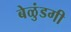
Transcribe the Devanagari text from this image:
बेळुंडगी